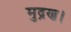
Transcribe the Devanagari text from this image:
मुद्रण।